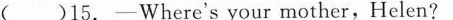
( )15.——Where's your mother,Helen?